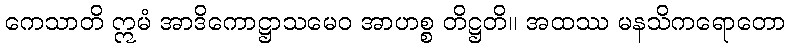
ကေသာတိ ဣမံ အာဒိကောဋ္ဌာသမေဝ အာဟစ္စ တိဋ္ဌတိ။ အထဿ မနသိကရောတော